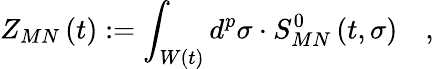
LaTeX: Z_{MN}\left(t\right):=\int_{W\left(t\right)}d^{p}\sigma\cdot S_{MN}^{0}\left(t,\sigma\right)\quad,